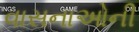
વાસનાઓની